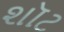
શૉટ